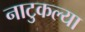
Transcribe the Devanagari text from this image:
नाटुकल्या